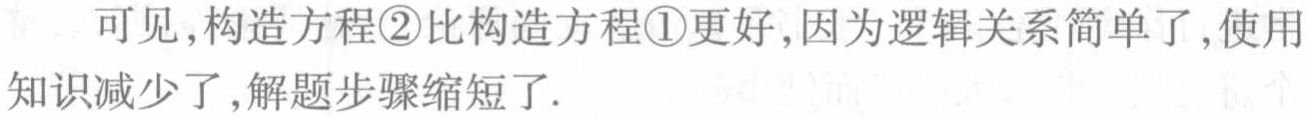
可见,构造方程\textcircled{2}比构造方程\textcircled{1}更好,因为逻辑关系简单了,使用知识减少了,解题步骤缩短了.